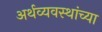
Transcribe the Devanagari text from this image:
अर्थव्यवस्थांच्या